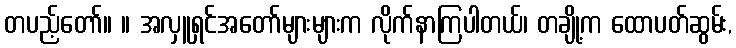
တပည့်တော်။ ။ အလှူရှင်အတော်များများက လိုက်နာကြပါတယ်၊ တချို့က ထောပတ်ဆွမ်း,